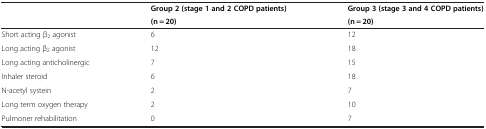
<table><thead><tr><td><b> </b></td><td><b>Group 2 (stage 1 and 2 COPD patients)</b></td><td><b>Group 3 (stage 3 and 4 COPD patients)</b></td></tr><tr><td><b> </b></td><td><b>(n = 20)</b></td><td><b>(n = 20)</b></td></tr></thead><tbody><tr><td>Short acting β<sub>2</sub> agonist</td><td>6</td><td>12</td></tr><tr><td>Long acting β<sub>2</sub> agonist</td><td>12</td><td>18</td></tr><tr><td>Long acting anticholinergic</td><td>7</td><td>15</td></tr><tr><td>Inhaler steroid</td><td>6</td><td>18</td></tr><tr><td>N-acetyl systein</td><td>2</td><td>7</td></tr><tr><td>Long term oxygen therapy</td><td>2</td><td>10</td></tr><tr><td>Pulmoner rehabilitation</td><td>0</td><td>7</td></tr></tbody></table>